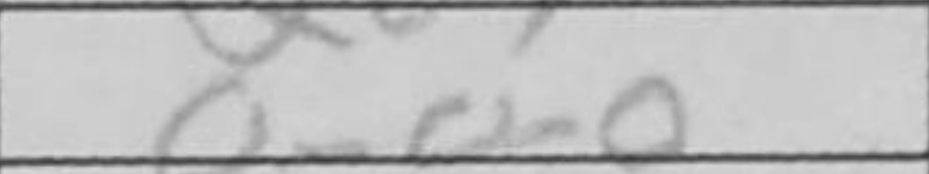
Transcription: O-O-O